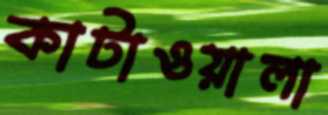
কাটাওয়ালা